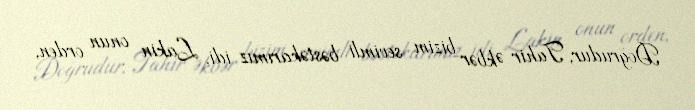
Doğrudur, Tahir Əkbər bizim sevimli bəstəkarımız idi. Lakin onun orden,